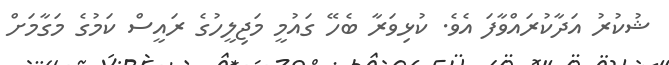
ޝުކުރު އަދާކުރައްވާފަ އެވެ. ކުޅިވަރާ ބެހޭ ގައުމީ މަޖިލީހުގެ ރައީސް ކަމުގެ މަގާމަށް